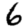
Digit: 6